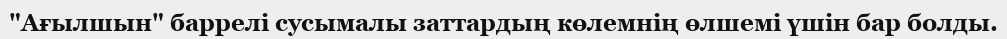
"Ағылшын" баррелi сусымалы заттардың көлемнiң өлшемi үшiн бар болды.